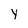
Character: Y